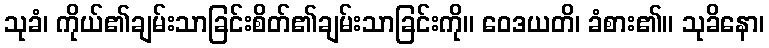
သုခံ၊ ကိုယ်၏ချမ်းသာခြင်းစိတ်၏ချမ်းသာခြင်းကို။ ဝေဒယတိ၊ ခံစား၏။ သုခိနော၊